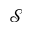
\mathscr { S }